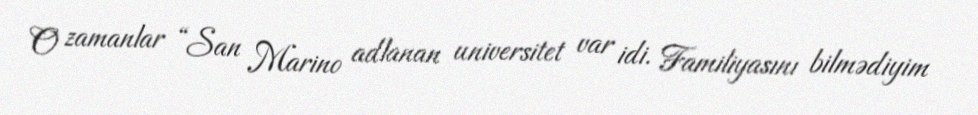
O zamanlar “San Marino adlanan universitet var idi. Familiyasını bilmədiyim